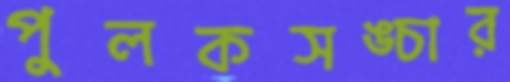
পুলকসঙ্চার